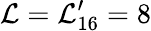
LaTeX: \mathcal{L}=\mathcal{L}_{16}^{\prime}=8